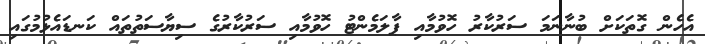
އެހެން ގޮތަކަށް ބުނާނަމަ ސަރުކާރު ހޮވުމާއި ޕާލަމެންޓު ހޮވުމާއި ސަރުކާރުގެ ސިޔާސަތުތައް ކަނޑައެޅުމުގައި